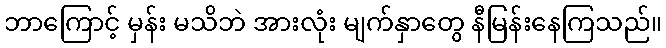
ဘာကြောင့် မှန်း မသိဘဲ အားလုံး မျက်နှာတွေ နီမြန်းနေကြသည်။